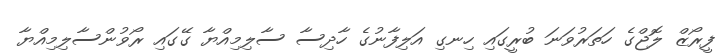
ފީރޯޒް ލޮޖްގެ ހަތަރުވަނަ ބުރީގައި ހިނގި އަލިފާނުގެ ހާދިސާ ސާލިމިއްޔާ ގޭގައި ރޯވުންސާލިމިއްޔާ